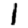
Digit: 1